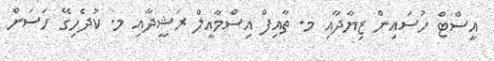
އީސްޓް ހުސައިން ޒިޔާދާއި މ. ތާއިފް އިސްމާއީލް ރަޝީދާއި މ. ކުދެހިގޭ ހަސަން